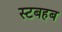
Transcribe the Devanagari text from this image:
स्टबहब